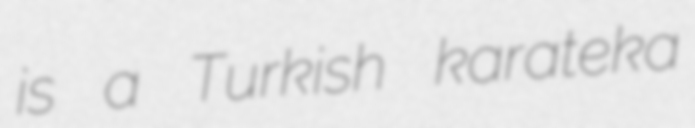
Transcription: is a Turkish karateka